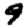
Digit: 9